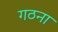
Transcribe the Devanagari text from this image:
गठना